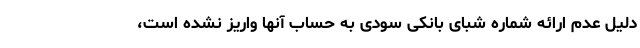
دلیل عدم ارائه شماره شبای بانکی سودی به حساب آنها واریز نشده است،